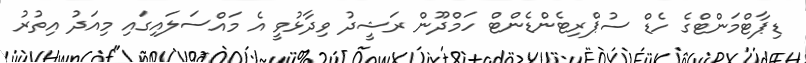
ޑިޕާޓްމަންޓްގެ ހެޑް ސުޕްރިޓެންޑެންޓް ހަމްދޫން ރަޝީދު ވިދާޅުވީ އެ މައްސަލައިގައި މިއަަދު އިތުރު